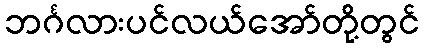
ဘင်္ဂလားပင်လယ်အော်တို့တွင်